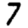
Digit: 7